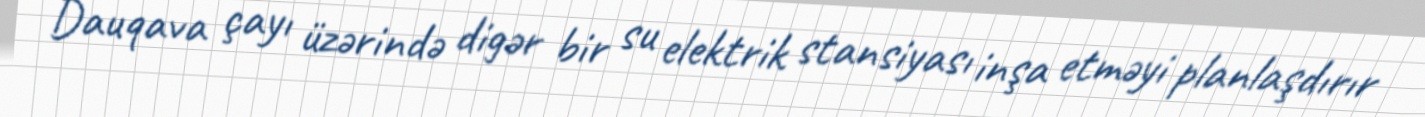
Dauqava çayı üzərində digər bir su elektrik stansiyası inşa etməyi planlaşdırır